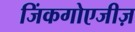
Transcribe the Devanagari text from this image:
जिंकगोएजीज़